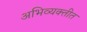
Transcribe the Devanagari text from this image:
अभिव्यक्तीत